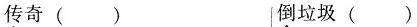
传奇() 倒垃圾()